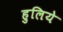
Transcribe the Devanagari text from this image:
हुलिये